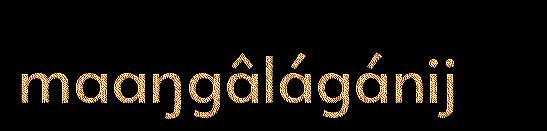
maaŋgâlágánij